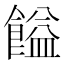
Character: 𩝱